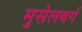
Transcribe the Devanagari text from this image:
मुसेलबर्ग